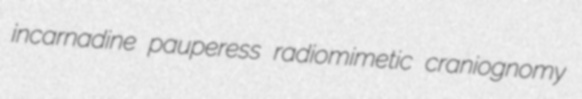
incarnadine pauperess radiomimetic craniognomy